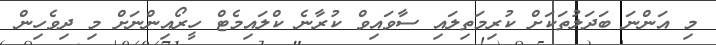
މި އަންނަ ބަަދަލުތަކަށް ކުރިމަތިލައި ސާވައިވް ކުރާނެ ކްލައިމެޓް ހީރޯއިންނަށް މި ދިވެހިން